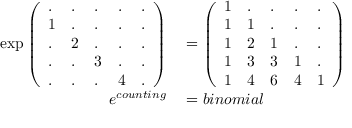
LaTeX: \begin{array} { r l } { \exp { \left( \begin{array} { l l l l l } { . } & { . } & { . } & { . } & { . } \\ { 1 } & { . } & { . } & { . } & { . } \\ { . } & { 2 } & { . } & { . } & { . } \\ { . } & { . } & { 3 } & { . } & { . } \\ { . } & { . } & { . } & { 4 } & { . } \end{array} \right) } } & { { } = { \left( \begin{array} { l l l l l } { 1 } & { . } & { . } & { . } & { . } \\ { 1 } & { 1 } & { . } & { . } & { . } \\ { 1 } & { 2 } & { 1 } & { . } & { . } \\ { 1 } & { 3 } & { 3 } & { 1 } & { . } \\ { 1 } & { 4 } & { 6 } & { 4 } & { 1 } \end{array} \right) } } \\ { e ^ { c o u n t i n g } } & { { } = b i n o m i a l } \end{array}